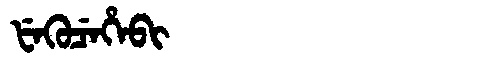
Manchu: ᡶᡝᡴᡠᠴᡝᡥᡝᠪᡳ
Romanization: FEKUCEHEBI